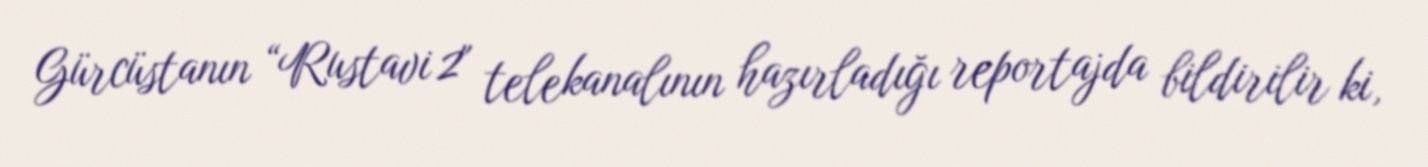
Gürcüstanın “Rustavi 2" telekanalının hazırladığı reportajda bildirilir ki,